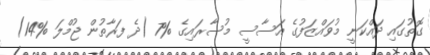
ގޮތުގައި ދައްކަނީ މުވައްޒަފުގެ އަސާސީ މުސާރައިގެ %7 (ދެ ފަރާތުން ޖުމްލަ %14)